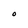
Character: O